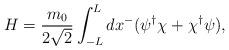
LaTeX: \begin{align*}H=\frac{m_0}{2\sqrt{2}}\int_{-L}^L dx^- (\psi^{\dagger}\chi+ \chi^{\dagger}\psi),\end{align*}